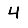
Digit: 4